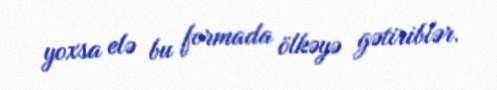
yoxsa elə bu formada ölkəyə gətiriblər.